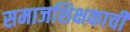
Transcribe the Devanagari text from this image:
समाजशिक्षकाची